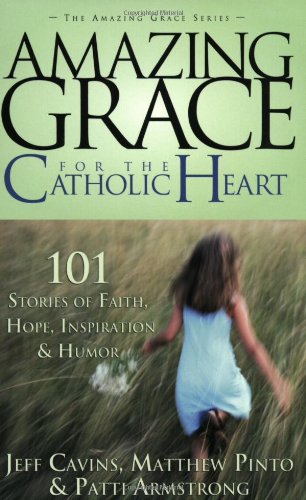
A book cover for Amazing Grace for the Catholic Heart: 101 Stories of Faith, Hope, Inspiration & Humor; Jeff Cavins; Christian Books & Bibles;